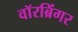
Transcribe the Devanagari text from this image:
वॉरब्रिंगर